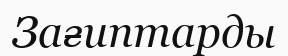
Зағиптарды